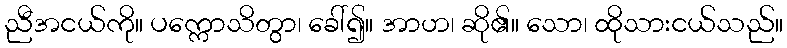
ညီအငယ်ကို။ ပက္ကောသိတွာ၊ ခေါ်၍။ အာဟ၊ ဆို၏။ သော၊ ထိုသားငယ်သည်။